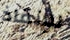
للإنقاذ